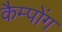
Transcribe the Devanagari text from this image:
कैम्पोंग